Vaccination in the Punjab 1867-1880 - 1867-1880
Year: 1867
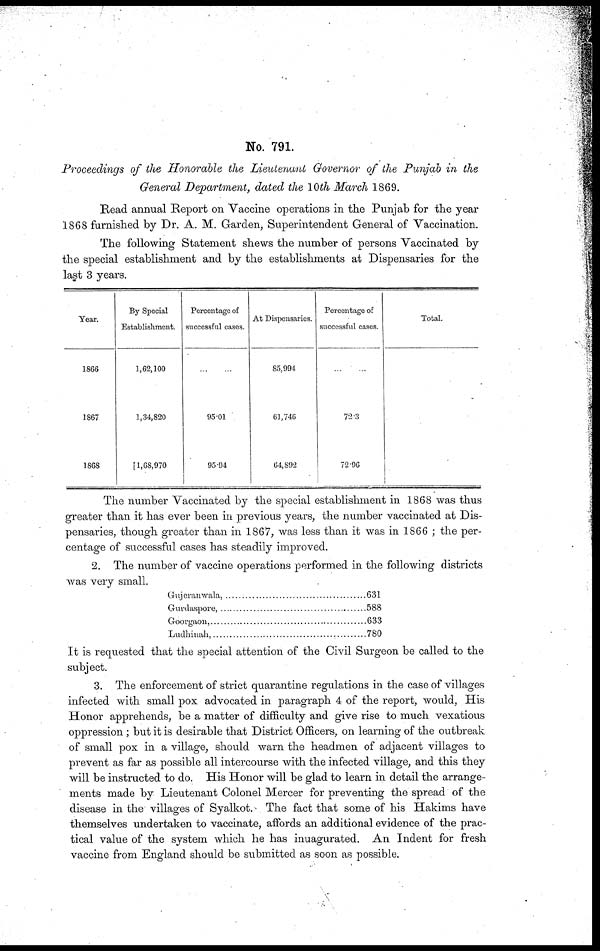
No. 791.
Proceedings of the Honorable the Lieutenanl Governor of the Punjab in the
General Department, dated the 10th March 1869.
Read annual Report on Vaccine operations in the Punjab for the year
1868 furnished by Dr. A. M. Garden, Superintendent General of Vaccination.
The following Statement shews the number of persons Vaccinated by
the special establishment and by the establishments at Dispensaries for the
last 3 years.
Year.
1866
1867
1868
By Special
Establishment.
1,62,100
1,34,820
[1,68,970
Percentage of
successful cases.
... ...
95.01
95.94
At Dispensaries.
85,994
61,746
64,892
Percentage of
successful cases.
... ...
72.3
72.96
Total.
The number Vaccinated by the special establishment in 1868 was thus
greater than it has ever been in previous years, the number vaccinated at Dis-
pensaries, though greater than in 1867, was less than it was in 1866; the per-
centage of successful cases has steadily improved.
2. The number of vaccine operations performed in the following districts
was very small.
Gujeranwala, ... ... ... ... ... ... ... ... ... ... ... ... ...
Gurdaspore, ... ... ... ... ... ... ... ... ... ... ... ... ...
Goorgaon, ... ... ... ... ... ... ... ... ... ... ... ... ...
Ludhinah, ... ... ... ... ... ... ... ... ... ... ... ... ...
631
588
633
780
It is requested that the special attention of the Civil Surgeon be called to the
subject.
3. The enforcement of strict quarantine regulations in the case of villages
infected with small pox advocated in paragraph 4 of the report, would, His
Honor apprehends, be a matter of difficulty and give rise to much vexatious
oppression; but it is desirable that District Officers, on learning of the outbreak
of small pox in a village, should warn the headmen of adjacent villages to
prevent as far as possible all intercourse with the infected village, and this they
will be instructed to do. His Honor will be glad to learn in detail the arrange-
ments made by Lieutenant Colonel Mercer for preventing the spread of the
disease in the villages of Syalkot. The fact that some of his Hakims have
themselves undertaken to vaccinate, affords an additional evidence of the prac-
tical value of the system which he has inuagurated. An Indent for fresh
vaccine from England should be submitted as soon as possible.